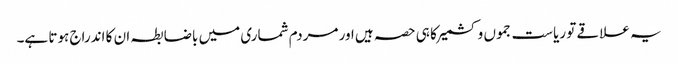
یہ علاقے تو ریاست جموں و کشمیر کا ہی حصہ ہیں اور مردم شماری میں باضابطہ ان کا اندراج ہوتا ہے۔